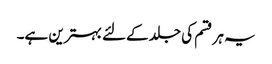
یہ ہر قسم کی جلد کےلئے بہترین ہے۔